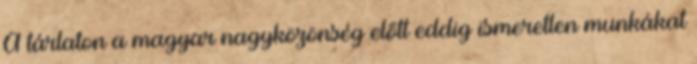
A tárlaton a magyar nagyközönség előtt eddig ismeretlen munkákat